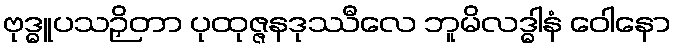
ဗုဒ္ဓူပသဉှိတာ ပုထုဇ္ဇနဒုဿီလေ ဘူမိလဒ္ဓါနံ ဝေါနော